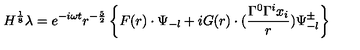
H ^ { \frac { 1 } { 8 } } \lambda = e ^ { - i \omega t } r ^ { - \frac { 5 } { 2 } } \left\{ F ( r ) \cdot \Psi _ { - l } + i G ( r ) \cdot ( \frac { \Gamma ^ { 0 } \Gamma ^ { i } x _ { i } } { r } ) \Psi _ { - l } ^ { \pm } \right\}